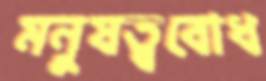
মনুষত্ববোধ